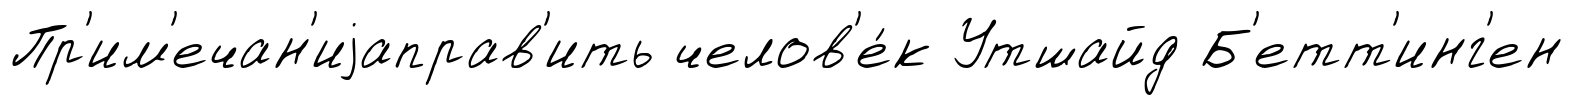
Пр'им'ечан'иjаправ'ить челов'е́к Утшайд Б'етт'инг'ен